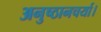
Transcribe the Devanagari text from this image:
अनुष्ठानचर्या।